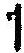
1